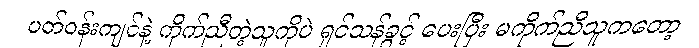
ပတ်ဝန်းကျင်နဲ့ ကိုက်ညီတဲ့သူကိုပဲ ရှင်သန်ခွင့် ပေးပြီး မကိုက်ညီသူကတော့